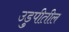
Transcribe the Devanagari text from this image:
उडुपीतील